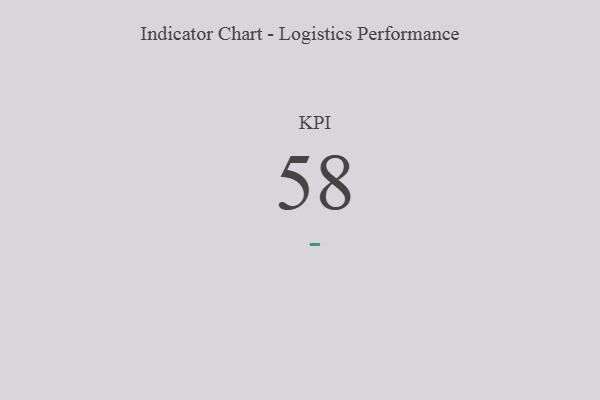
{"axis": {"x": "KPI", "y": "Value"}, "legend": [""], "data": [{"x": "KPI", "y": 58, "type": ""}]}